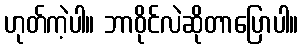
ဟုတ်ကဲ့ပါ။ ဘာဝိုင်လဲဆိုတာပြောပါ။